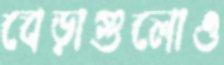
বেড়াগুলোও